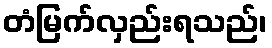
တံမြက်လှည်းရသည်၊